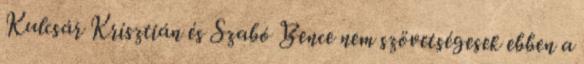
Kulcsár Krisztián és Szabó Bence nem szövetségesek ebben a